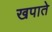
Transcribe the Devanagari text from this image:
खपाते